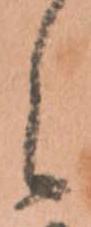
之